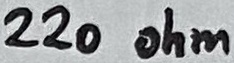
Text: 220 ohm